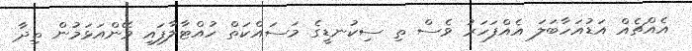
އެއްޗެއް އަޑުއަހާބަލަ އެއްފަހަރު ވެސް ތި ސިކުނޑީގެ މަސައްކަތް ހުއްޓާލާފައި ވޭންއަޅަމުން ތިދާ